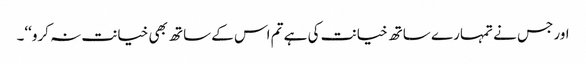
اور جس نے تمہارے ساتھ خیانت کی ہے تم اس کے ساتھ بھی خیانت نہ کرو‘‘۔